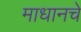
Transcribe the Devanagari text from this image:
माधानचे